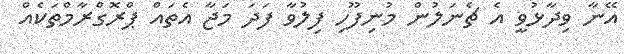
އޭނާ ވިދާޅުވީ އެ ޗެނަލުން މުނިފޫހި ފިލުވާ ފަދަ މަޖާ އެތައް ޕްރޮގްރާމްތަކެއް